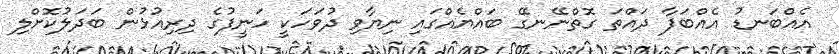
އެއްބަނޑު އެއްބަފާ ދައްތަ ގޮތްނޭނގޭ ބައްޔެއްގައި ނިޔާވި ދުވަހަކީ ހަނީފުގެ ދިރިއުޅުން ބަދަލުކޮށްލި